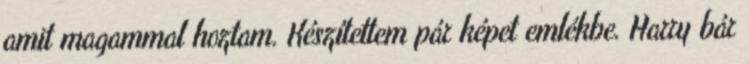
amit magammal hoztam. Készítettem pár képet emlékbe. Harry bár